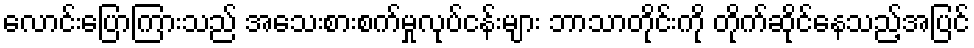
လောင်းပြောကြားသည် အသေးစားစက်မှုလုပ်ငန်းများ ဘာသာတိုင်းကို တိုက်ဆိုင်နေသည့်အပြင်